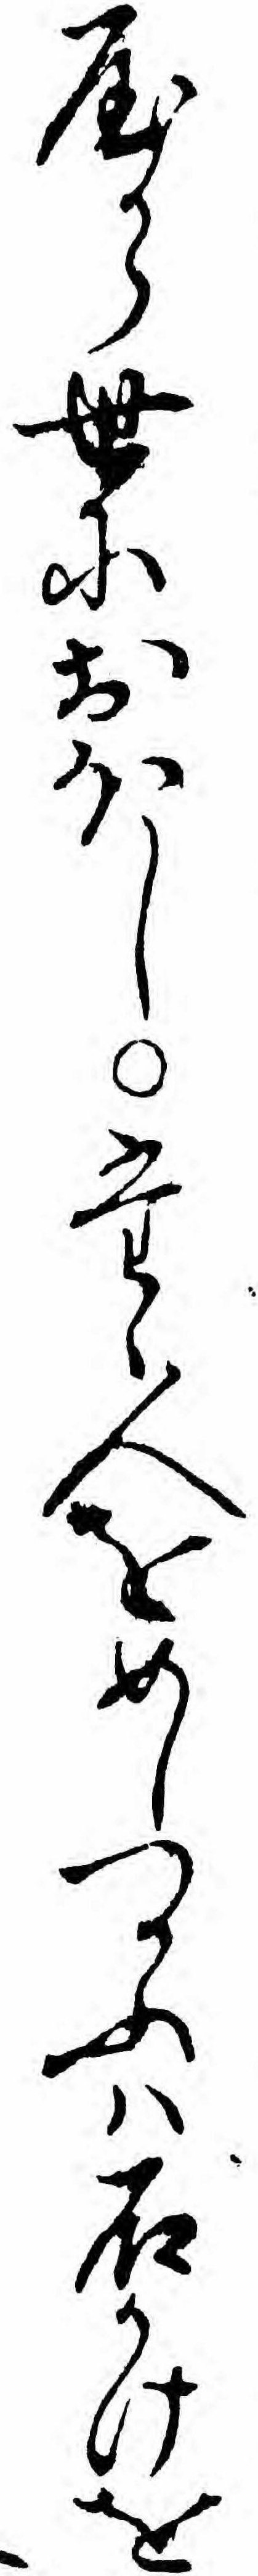
やから世におほしたゝ人をめしつかふハ石かけを